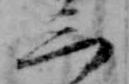
三